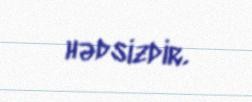
hədsizdir.